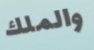
والملك